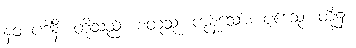
နဝ ပဒါနိ၊ တို့သည်။ စတူသု၊ ကုန်သော။ ပဒေသု၊ တို့၌။